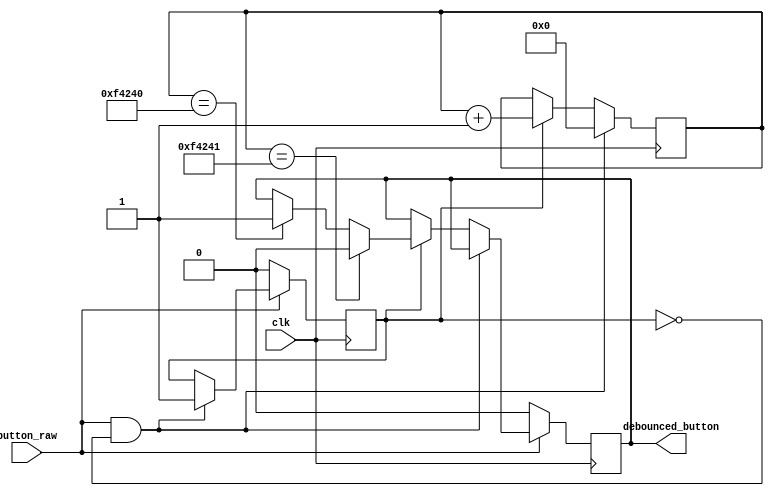
`timescale 1ns / 1ps
module debouncer_button(
    input clk,
    input button_raw,
    output reg debounced_button
    );
    reg [31:0] counter;
    reg debounced_button_temp1;
    reg debounced_button_temp2;
    
    //10ms debounce on the buttons
    always @(posedge clk) begin
        debounced_button_temp2 <= debounced_button_temp1;
        if (button_raw && !debounced_button_temp1) begin
            counter <= 0;
            debounced_button_temp1 <= 1;
        end else if (debounced_button_temp1) begin
            counter <= counter + 1;
            if (counter == 1000000) begin
                debounced_button <= 1;
            end
            if (counter == 1000001) begin
                debounced_button <= 0;
            end
        end
        
        if (!button_raw) begin
            debounced_button <= 0;
            debounced_button_temp1 <= 0;
        end
    end
endmodule